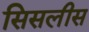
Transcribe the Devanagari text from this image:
सिसलीस